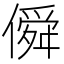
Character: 僢